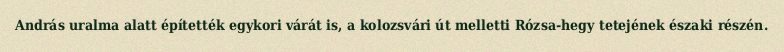
András uralma alatt építették egykori várát is, a kolozsvári út melletti Rózsa-hegy tetejének északi részén.